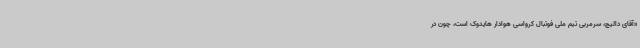
«آقای دالیچ، سرمربی تیم ملی فوتبال کرواسی هوادار هایدوک است، چون در